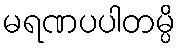
မရဏပပါတမ္ပိ